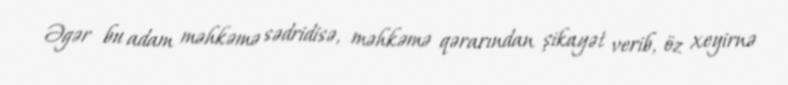
Əgər bu adam məhkəmə sədridisə, məhkəmə qərarından şikayət verib, öz xeyirnə